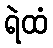
ရဲထံ